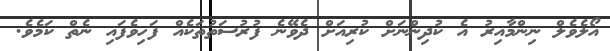
އޯލެވެލް ނިންމާއިރު އެ ކުދިންނަށް ކުރިއަށް ދެވޭނެ ފުރުސަތުތަކެއް ފަހިވެފައި ނެތް ކަމެވެ.